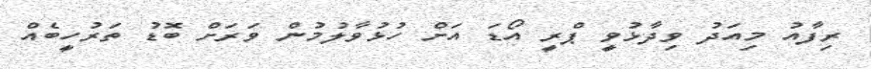
ރިފާއު މިއަދު ވިދާޅުވީ ޕްރީ އޯޑަ އަށް ހުޅުވާލުމުން ވަރަށް ބޮޑު ތަރުހީބެއް